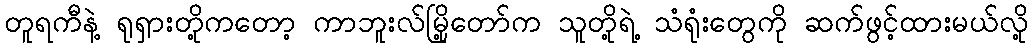
တူရကီနဲ့ ရုရှားတို့ကတော့ ကာဘူးလ်မြို့တော်က သူတို့ရဲ့ သံရုံးတွေကို ဆက်ဖွင့်ထားမယ်လို့